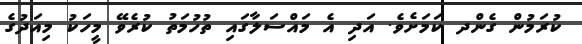
ކުރަމުން ގެންދ ކަމަށެވެ. އަދި އެ މައްސަލާގައި ތުހުމަތު ކުރެވޭ މީހަކު މިއަދުގެ